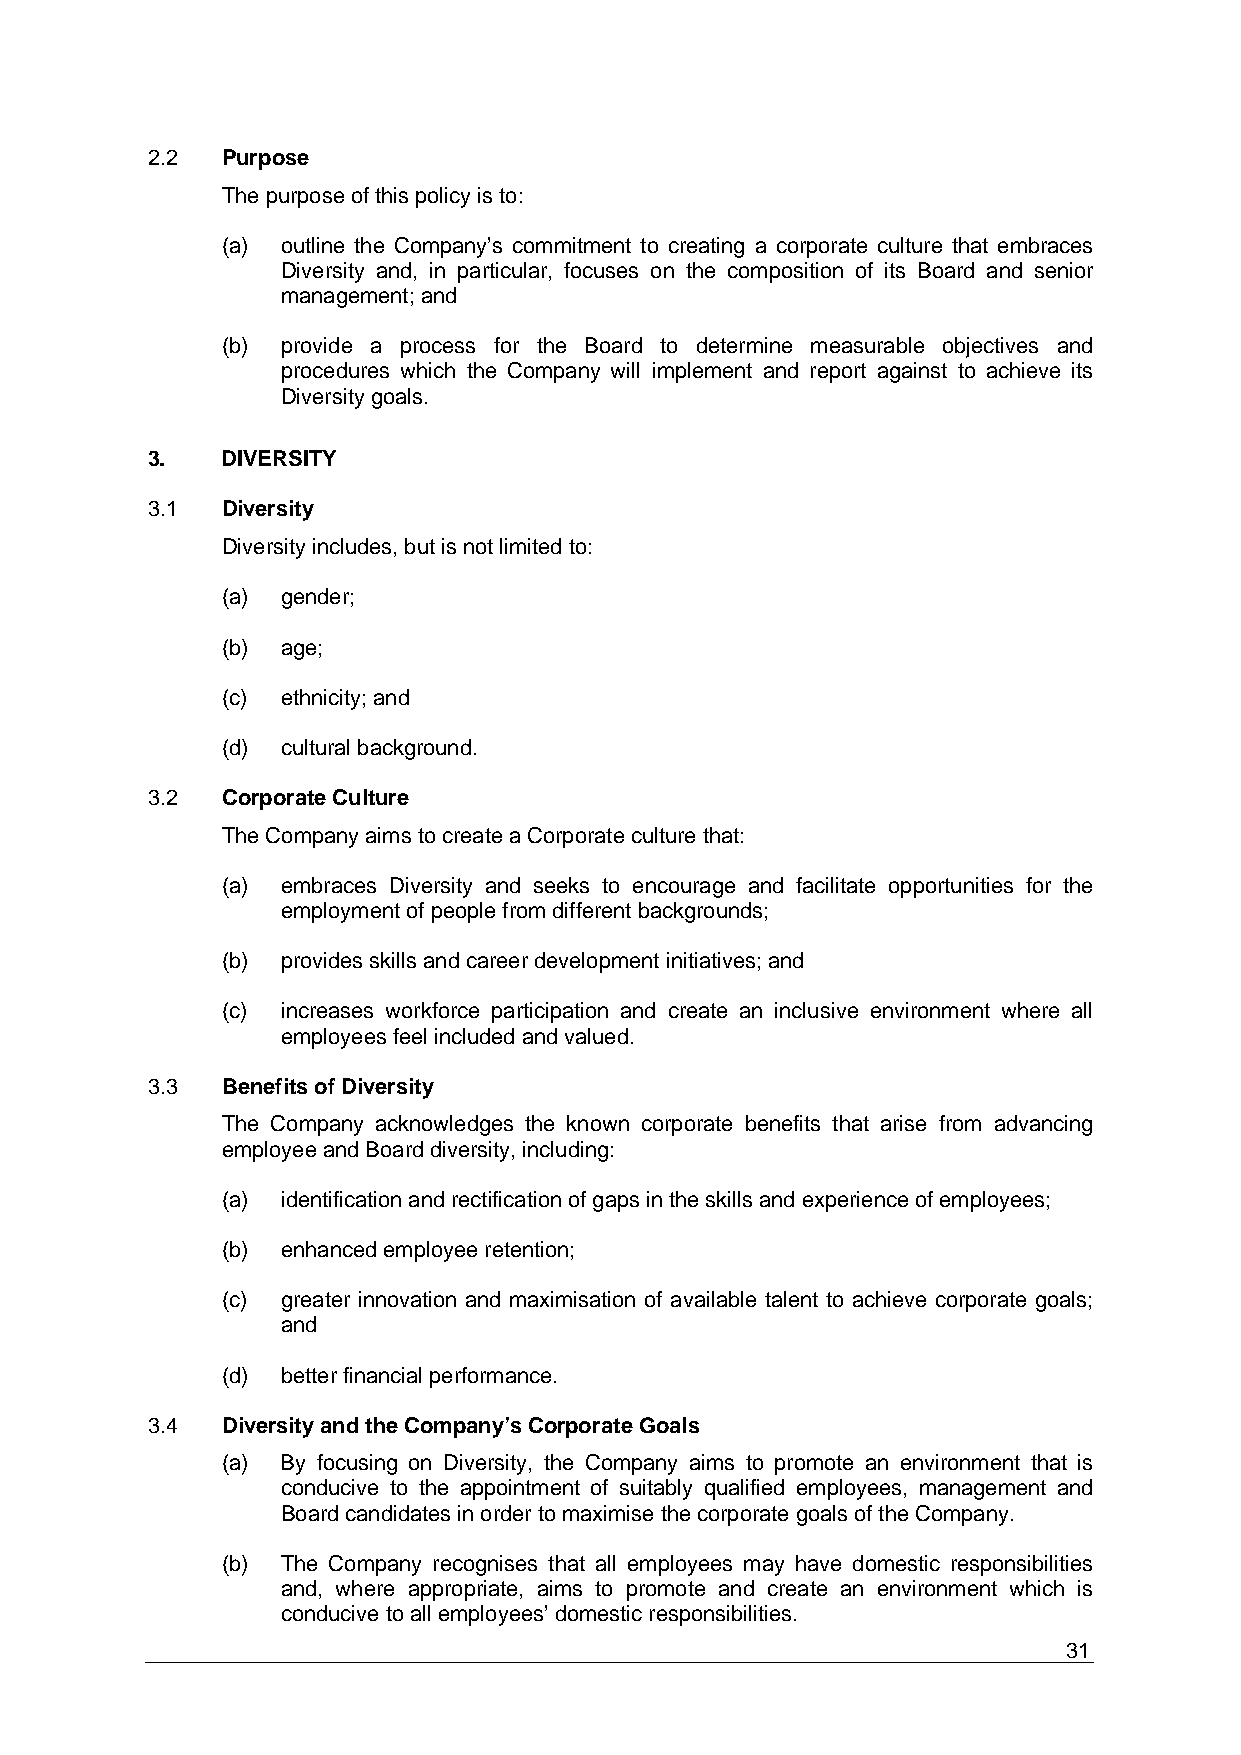
2.2  Purpose
 The purpose of this policy is to:
 (a) outline the Company’s commitment to creating a corporate culture that embraces
 Diversity and, in particular, focuses on the composition of its Board and senior
 management; and
 (b) provide a process for the Board to determine measurable objectives and
 procedures which the Company will implement and report against to achieve its
 Diversity goals.
 3.   DIVERSITY
 3.1  Diversity
 Diversity includes, but is not limited to:
 (a) gender;
 (b) age;
 (c) ethnicity; and
 (d) cultural background.
 3.2  Corporate Culture
 The Company aims to create a Corporate culture that:
 (a) embraces Diversity and seeks to encourage and facilitate opportunities for the
 employment of people from different backgrounds;
 (b) provides skills and career development initiatives; and
 (c) increases workforce participation and create an inclusive environment where all
 employees feel included and valued.
 3.3  Benefits of Diversity
 The Company acknowledges the known corporate benefits that arise from advancing
 employee and Board diversity, including:
 (a) identification and rectification of gaps in the skills and experience of employees;
 (b) enhanced employee retention;
 (c) greater innovation and maximisation of available talent to achieve corporate goals;
 and
 (d) better financial performance.
 3.4  Diversity and the Company’s Corporate Goals
 (a) By focusing on Diversity, the Company aims to promote an environment that is
 conducive to the appointment of suitably qualified employees, management and
 Board candidates in order to maximise the corporate goals of the Company.
 (b) The Company recognises that all employees may have domestic responsibilities
 and, where appropriate, aims to promote and create an environment which is
 conducive to all employees’ domestic responsibilities.
 31